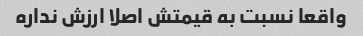
واقعا نسبت به قیمتش اصلا ارزش نداره